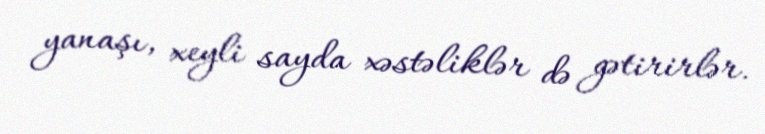
yanaşı, xeyli sayda xəstəliklər də gətirirlər.